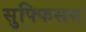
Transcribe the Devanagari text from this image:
सुफ्फिसस